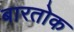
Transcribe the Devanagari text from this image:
बारतोक